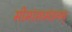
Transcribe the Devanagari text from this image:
मीमांसामंडनम्